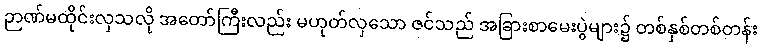
ဉာဏ်မထိုင်းလှသလို အတော်ကြီးလည်း မဟုတ်လှသော ဇင်သည် အခြားစာမေးပွဲများ၌ တစ်နှစ်တစ်တန်း